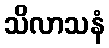
သိလာသနံ